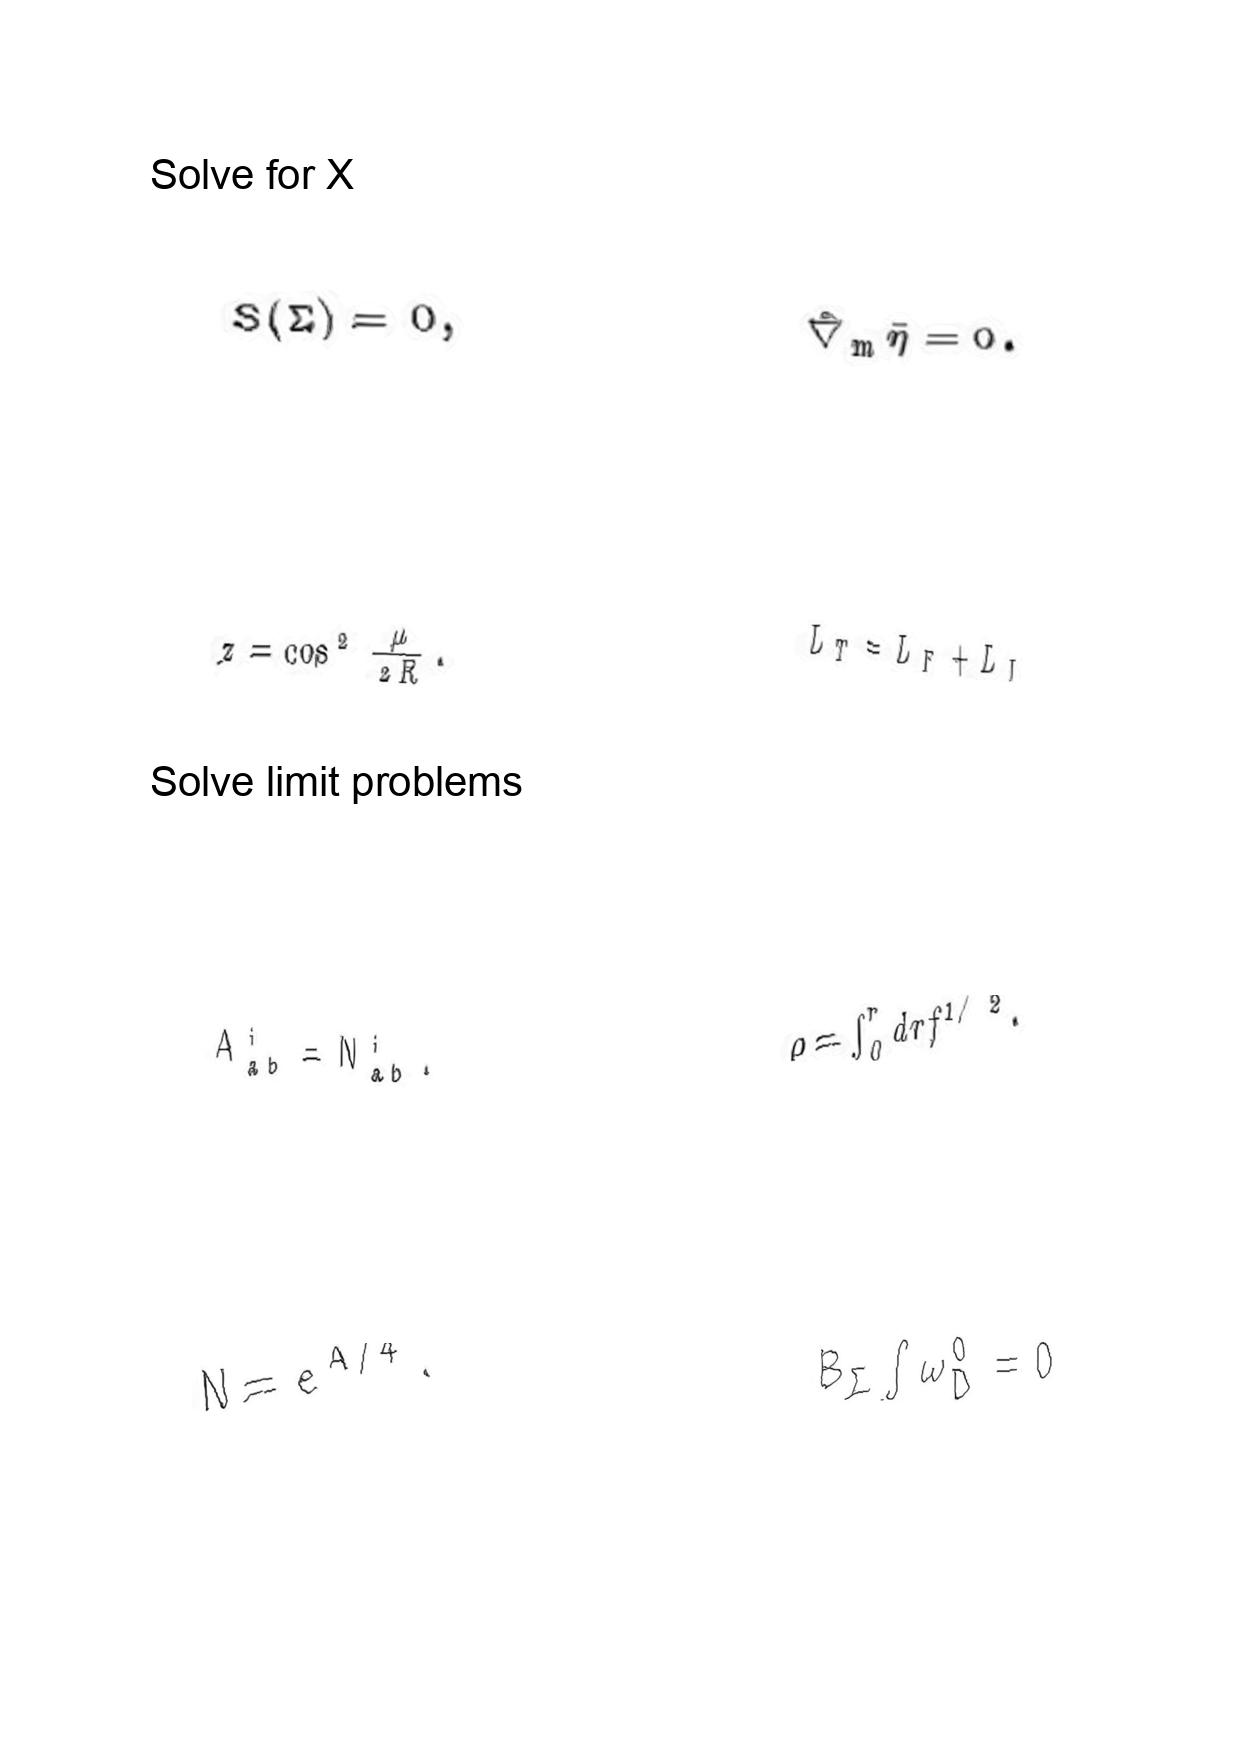
LaTeX transcription:
S \lparen \Sigma \rparen = 0 ,
z = \cos ^ { 2 } \frac { \mu } { 2 R } .
A _ { a b } ^ { i } = N _ { a b } ^ { i } .
N = e ^ { A / 4 } .
\hat { \nabla } _ { m } \tilde { \eta } = 0 .
L _ { T } = L _ { F } + L _ { I }
\rho = \int _ { 0 } ^ { r } d r f ^ { 1 / 2 } .
B _ { \Sigma } \int \omega _ { D } ^ { 0 } = 0